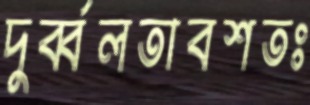
দুর্ব্বলতাবশতঃ